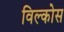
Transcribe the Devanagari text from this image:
विल्कोस